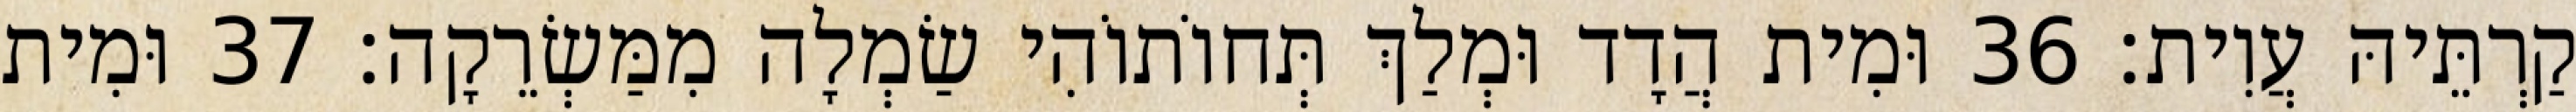
קַרְתֵּיהּ עֲוִית׃ 36 וּמִית הֲדָד וּמְלַךְ תְּחוֹתוֹהִי שַׂמְלָה מִמַּשְׂרֵקָה׃ 37 וּמִית